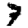
Digit: 7